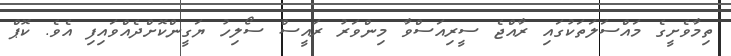
ތިމާވެށީގެ މައްސަލަތަކުގައި ރާއްޖެ ސީރިއަސްވާ މިންވަރު ރައީސް ސޯލިހު ޔަގީންކޮށްދެއްވައިފި އެވެ. ކޮޕް